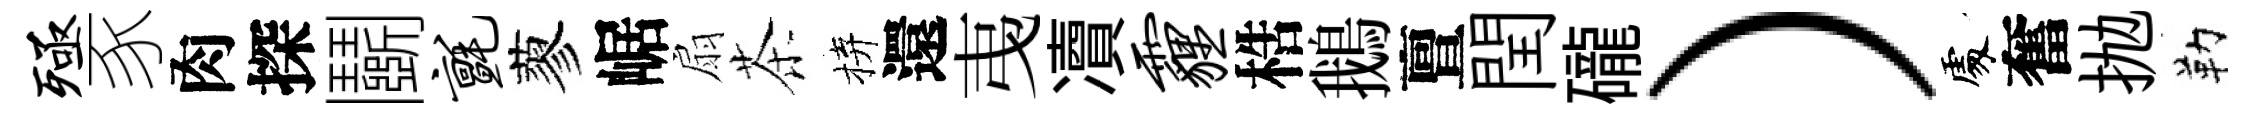
殛豕肉探鬬毡蓼崌扇茶拚還𢎯凟霾梏鵝亶閏礲）𠁅奮抛勒